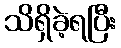
သိရှိခဲ့ရပြီး